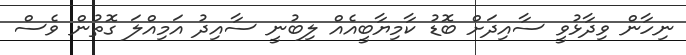
ނިހާން ވިދާޅުވީ ސާއިދަށް ބޮޑު ކާމިޔާބީއެއް ލިބުނީ ސާއިދު އަމިއްލަ ގޮތުން ވެސް